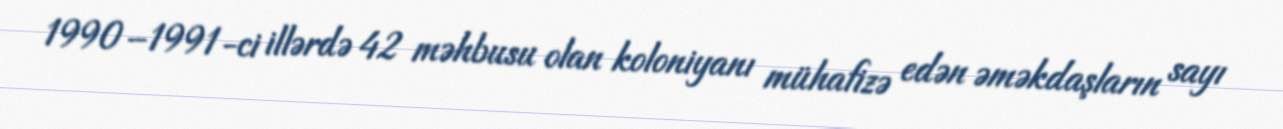
1990–1991-ci illərdə 42 məhbusu olan koloniyanı mühafizə edən əməkdaşların sayı